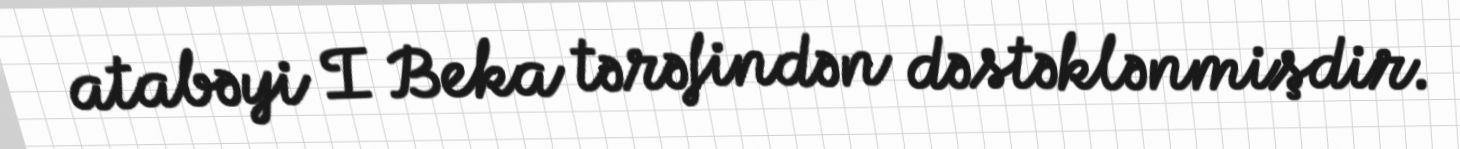
atabəyi I Beka tərəfindən dəstəklənmişdir.